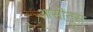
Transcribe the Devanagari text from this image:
आसीनूस्